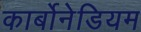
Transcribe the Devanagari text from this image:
कार्बोनेडियम